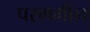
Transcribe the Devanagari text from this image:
परगमीन